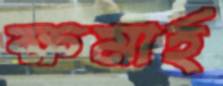
ক্ষমার্হ